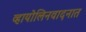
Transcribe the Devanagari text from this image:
व्हायोलिनवादनात